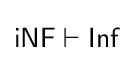
{\mathsf {iNF}}\vdash {\mathsf {Inf}}